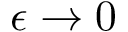
\epsilon \rightarrow 0